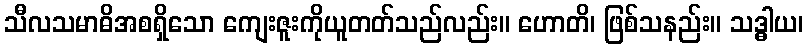
သီလသမာဓိအစရှိသော ကျေးဇူးကိုယူတတ်သည်လည်း။ ဟောတိ၊ ဖြစ်သနည်း။ သဒ္ဓါယ၊